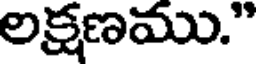
లక్షణము."